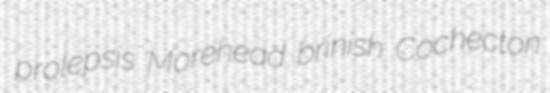
prolepsis Morehead brinish Cochecton